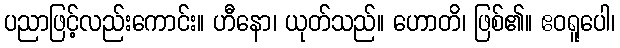
ပညာဖြင့်လည်းကောင်း။ ဟီနော၊ ယုတ်သည်။ ဟောတိ၊ ဖြစ်၏။ ဧဝရူပေါ၊